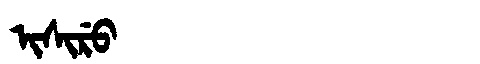
Manchu: ᡳᠰᡳᡵᡠ
Romanization: ISIRU